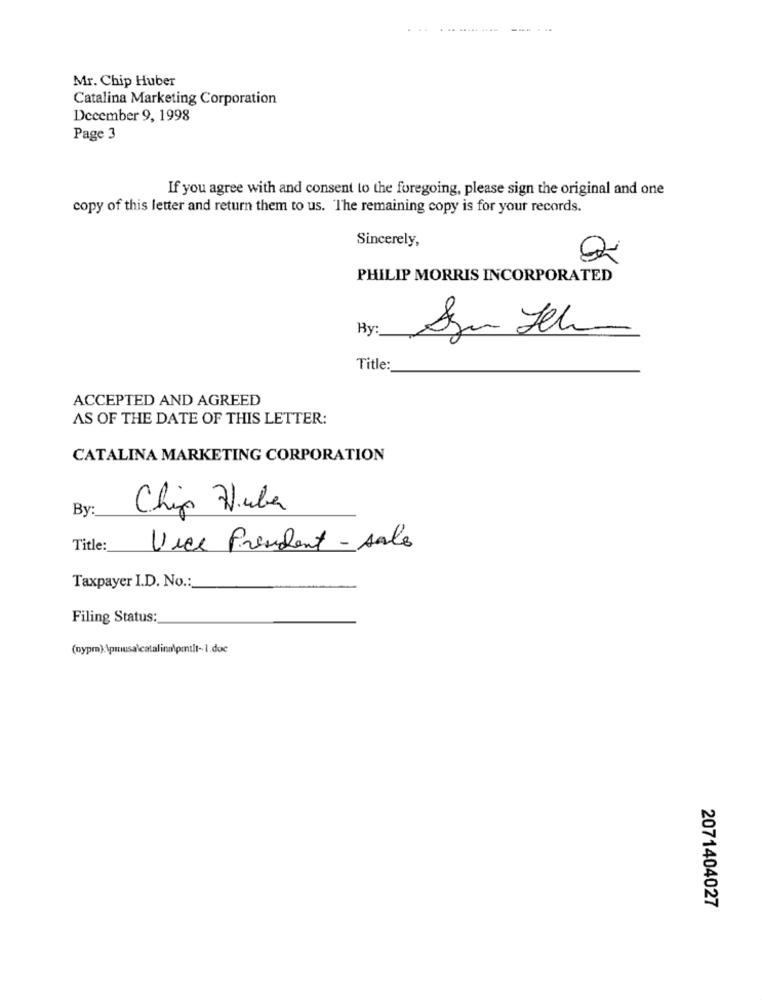
-------
Mr. Chip Huber
Catalina Marketing Corporation
December 9, 1998
Page 3
If you agree with and consent to the foregoing, please sign the original and one
copy of this letter and return them to us. The remaining copy is for your records.
Sincerely,
PHILIP MORRIS INCORPORATED
By:
Title:
ACCEPTED AND AGREED
AS OF THE DATE OF THIS LETTER:
CATALINA MARKETING CORPORATION
By
Chip Huber
Title:
Vice President-sale
Taxpayer I.D. No .:
Filing Status:
(nypr): \pmusa\catalina\pentlt-1.doc
2071404027